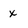
Character: x